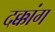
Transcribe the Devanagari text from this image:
दक्कांग